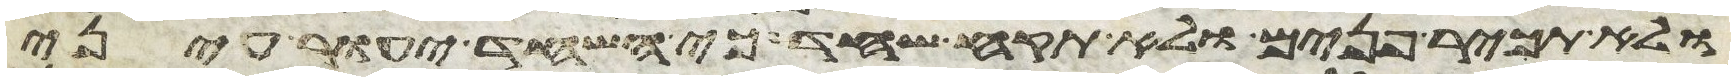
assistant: ולא תכיר פנים ולא תקח שחד כי השחד יעור עיני